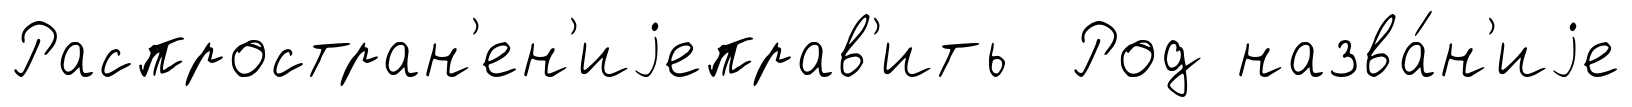
Распростран'ен'иjеправ'ить Род назва́н'иjе